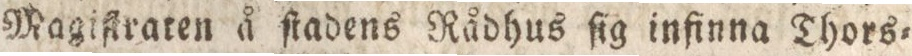
Magistraten å ſtadens Rådhus ſig infinna Thors=